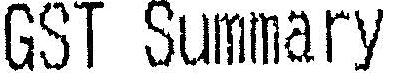
GST SUMMARY